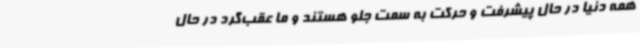
همه دنیا در حال پیشرفت و حرکت به سمت جلو هستند و ما عقب‌گرد در حال